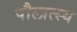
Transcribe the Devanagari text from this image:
पौलात्स्य